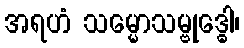
အရဟံ သမ္မောသမ္ဗုဒ္ဓေါ၊